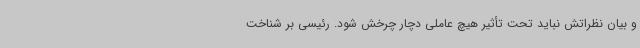
و بیان نظراتش نباید تحت تأثیر هیچ عاملی دچار چرخش شود. رئیسی بر شناخت